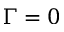
\Gamma = 0